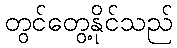
တွင်တွေ့နိုင်သည်